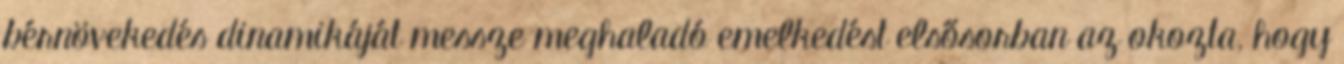
bérnövekedés dinamikáját messze meghaladó emelkedést elsősorban az okozta, hogy